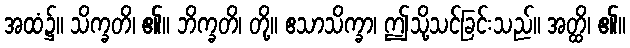
အထံ၌။ သိက္ခတိ၊ ၏။ ဘိက္ခတိ၊ တို့။ ဧသာသိက္ခာ၊ ဤသို့သင်ခြင်းသည်။ အတ္ထိ၊ ၏။